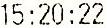
15:20:22